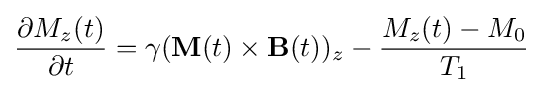
{\frac {\partial M_{z}(t)}{\partial t}}=\gamma (\mathbf {M} (t)\times \mathbf {B} (t))_{z}-{\frac {M_{z}(t)-M_{0}}{T_{1}}}